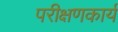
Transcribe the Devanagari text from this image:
परीक्षणकार्य